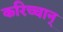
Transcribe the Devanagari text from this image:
करिच्चान्‌